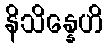
နိသိန္နေဟိ